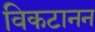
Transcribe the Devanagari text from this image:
विकटानन